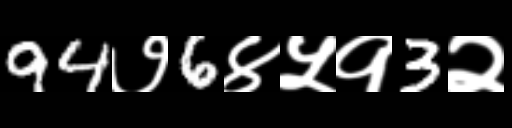
Text: 94७6४५१3२